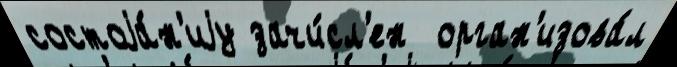
состоjа́н'иjу зачи́сл'ен  орган'изова́л